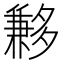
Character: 𡗄